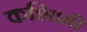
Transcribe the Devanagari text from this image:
कशिशी